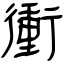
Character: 衝